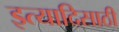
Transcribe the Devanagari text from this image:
इत्यादिसाठी